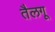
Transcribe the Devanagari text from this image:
तैलगू